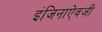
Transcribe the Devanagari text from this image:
इंजिनाऐवजी